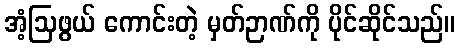
အံ့ဩဖွယ် ကောင်းတဲ့ မှတ်ဉာဏ်ကို ပိုင်ဆိုင်သည်။